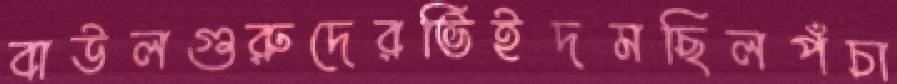
বাউলগুরুদেরভিইদমছিলপঁচা